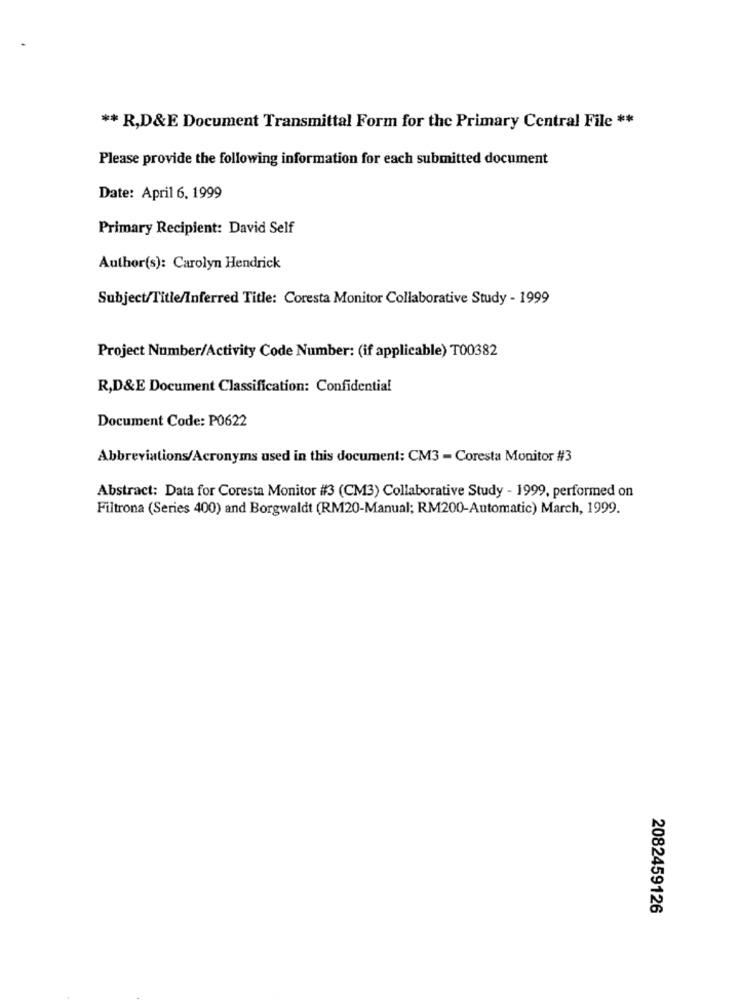
** R,D&E Document Transmittal Form for the Primary Central File **
Please provide the following information for each submitted document
Date: April 6. 1999
Primary Recipient: David Self
Author(s): Carolyn Hendrick
Subject/Title/Inferred Title: Coresta Monitor Collaborative Study - 1999
Project Number/Activity Code Number: (if applicable) T00382
R,D&E Document Classification: Confidential
Document Code: P0622
Abbreviations/Acronyms used in this document: CM3 - Coresta Monitor #3
Abstract: Data for Coresta Monitor #3 (CM3) Collaborative Study - 1999, performed on
Filtrona (Series 400) and Borgwaldt (RM20-Manual; RM200-Automatic) March, 1999.
2082459126